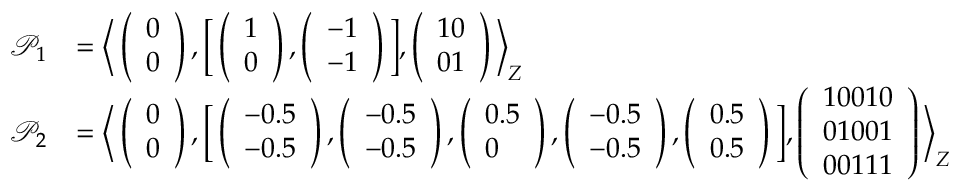
\begin{array} { r l } { \mathcal { P } _ { 1 } } & { = \Big \langle \left( \begin{array} { l } { 0 } \\ { 0 } \end{array} \right) , \Big [ \left( \begin{array} { l } { 1 } \\ { 0 } \end{array} \right) , \left( \begin{array} { l } { - 1 } \\ { - 1 } \end{array} \right) \Big ] , \left( \begin{array} { l } { 1 0 } \\ { 0 1 } \end{array} \right) \Big \rangle _ { Z } } \\ { \mathcal { P } _ { 2 } } & { = \Big \langle \left( \begin{array} { l } { 0 } \\ { 0 } \end{array} \right) , \Big [ \left( \begin{array} { l } { - 0 . 5 } \\ { - 0 . 5 } \end{array} \right) , \left( \begin{array} { l } { - 0 . 5 } \\ { - 0 . 5 } \end{array} \right) , \left( \begin{array} { l } { 0 . 5 } \\ { 0 } \end{array} \right) , \left( \begin{array} { l } { - 0 . 5 } \\ { - 0 . 5 } \end{array} \right) , \left( \begin{array} { l } { 0 . 5 } \\ { 0 . 5 } \end{array} \right) \Big ] , \left( \begin{array} { l } { 1 0 0 1 0 } \\ { 0 1 0 0 1 } \\ { 0 0 1 1 1 } \end{array} \right) \Big \rangle _ { Z } } \end{array}